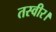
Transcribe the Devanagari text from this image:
तस्वीर।